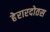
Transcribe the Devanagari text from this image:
हेरारदोतस